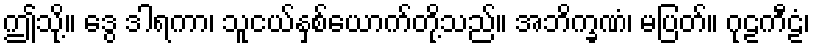
ဤသို့။ ဒွေ ဒါရကာ၊ သူငယ်နှစ်ယောက်တို့သည်။ အဘိက္ခဏံ၊ မပြတ်။ ဂုဠကီဠံ၊